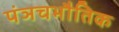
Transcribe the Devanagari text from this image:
पंञचभौतिक